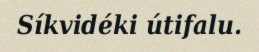
Síkvidéki útifalu.